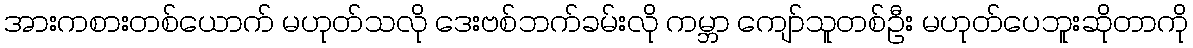
အားကစားတစ်ယောက် မဟုတ်သလို ဒေးဗစ်ဘက်ခမ်းလို ကမ္ဘာ ကျော်သူတစ်ဦး မဟုတ်ပေဘူးဆိုတာကို